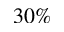
3 0 \%